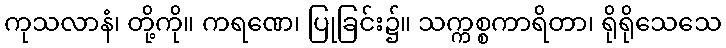
ကုသလာနံ၊ တို့ကို။ ကရဏေ၊ ပြုခြင်း၌။ သက္ကစ္စကာရိတာ၊ ရိုရိုသေသေ